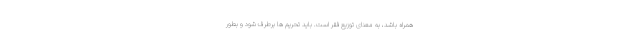
همراه باشد، به معنای توزیع فقر است. باید تحریم ها برطرف شود و بطور